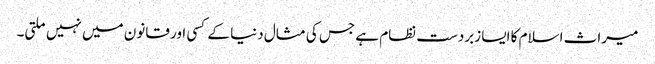
میراث اسلام کا ایسا زبردست نظام ہے جس کی مثال دنیا کے کسی اور قانون میں نہیں ملتی۔